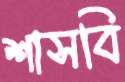
শাসবি